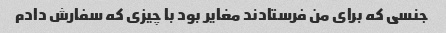
جنسی که برای من فرستادند مغایر بود با چیزی که سفارش دادم